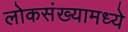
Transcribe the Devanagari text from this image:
लोकसंख्यामध्ये